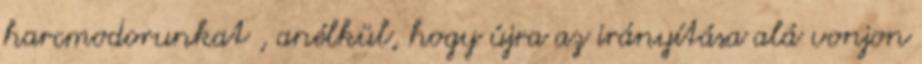
harcmodorunkat , anélkül, hogy újra az irányítása alá vonjon